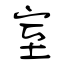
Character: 室